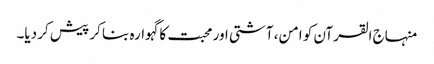
منہاج القرآن کو امن، آشتی اور محبت کا گہوارہ بنا کر پیش کر دیا۔